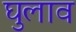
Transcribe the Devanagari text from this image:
घुलाव